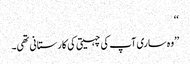
‘‘
’’وہ ساری آپ کی چہیتی کی کارستانی تھی۔